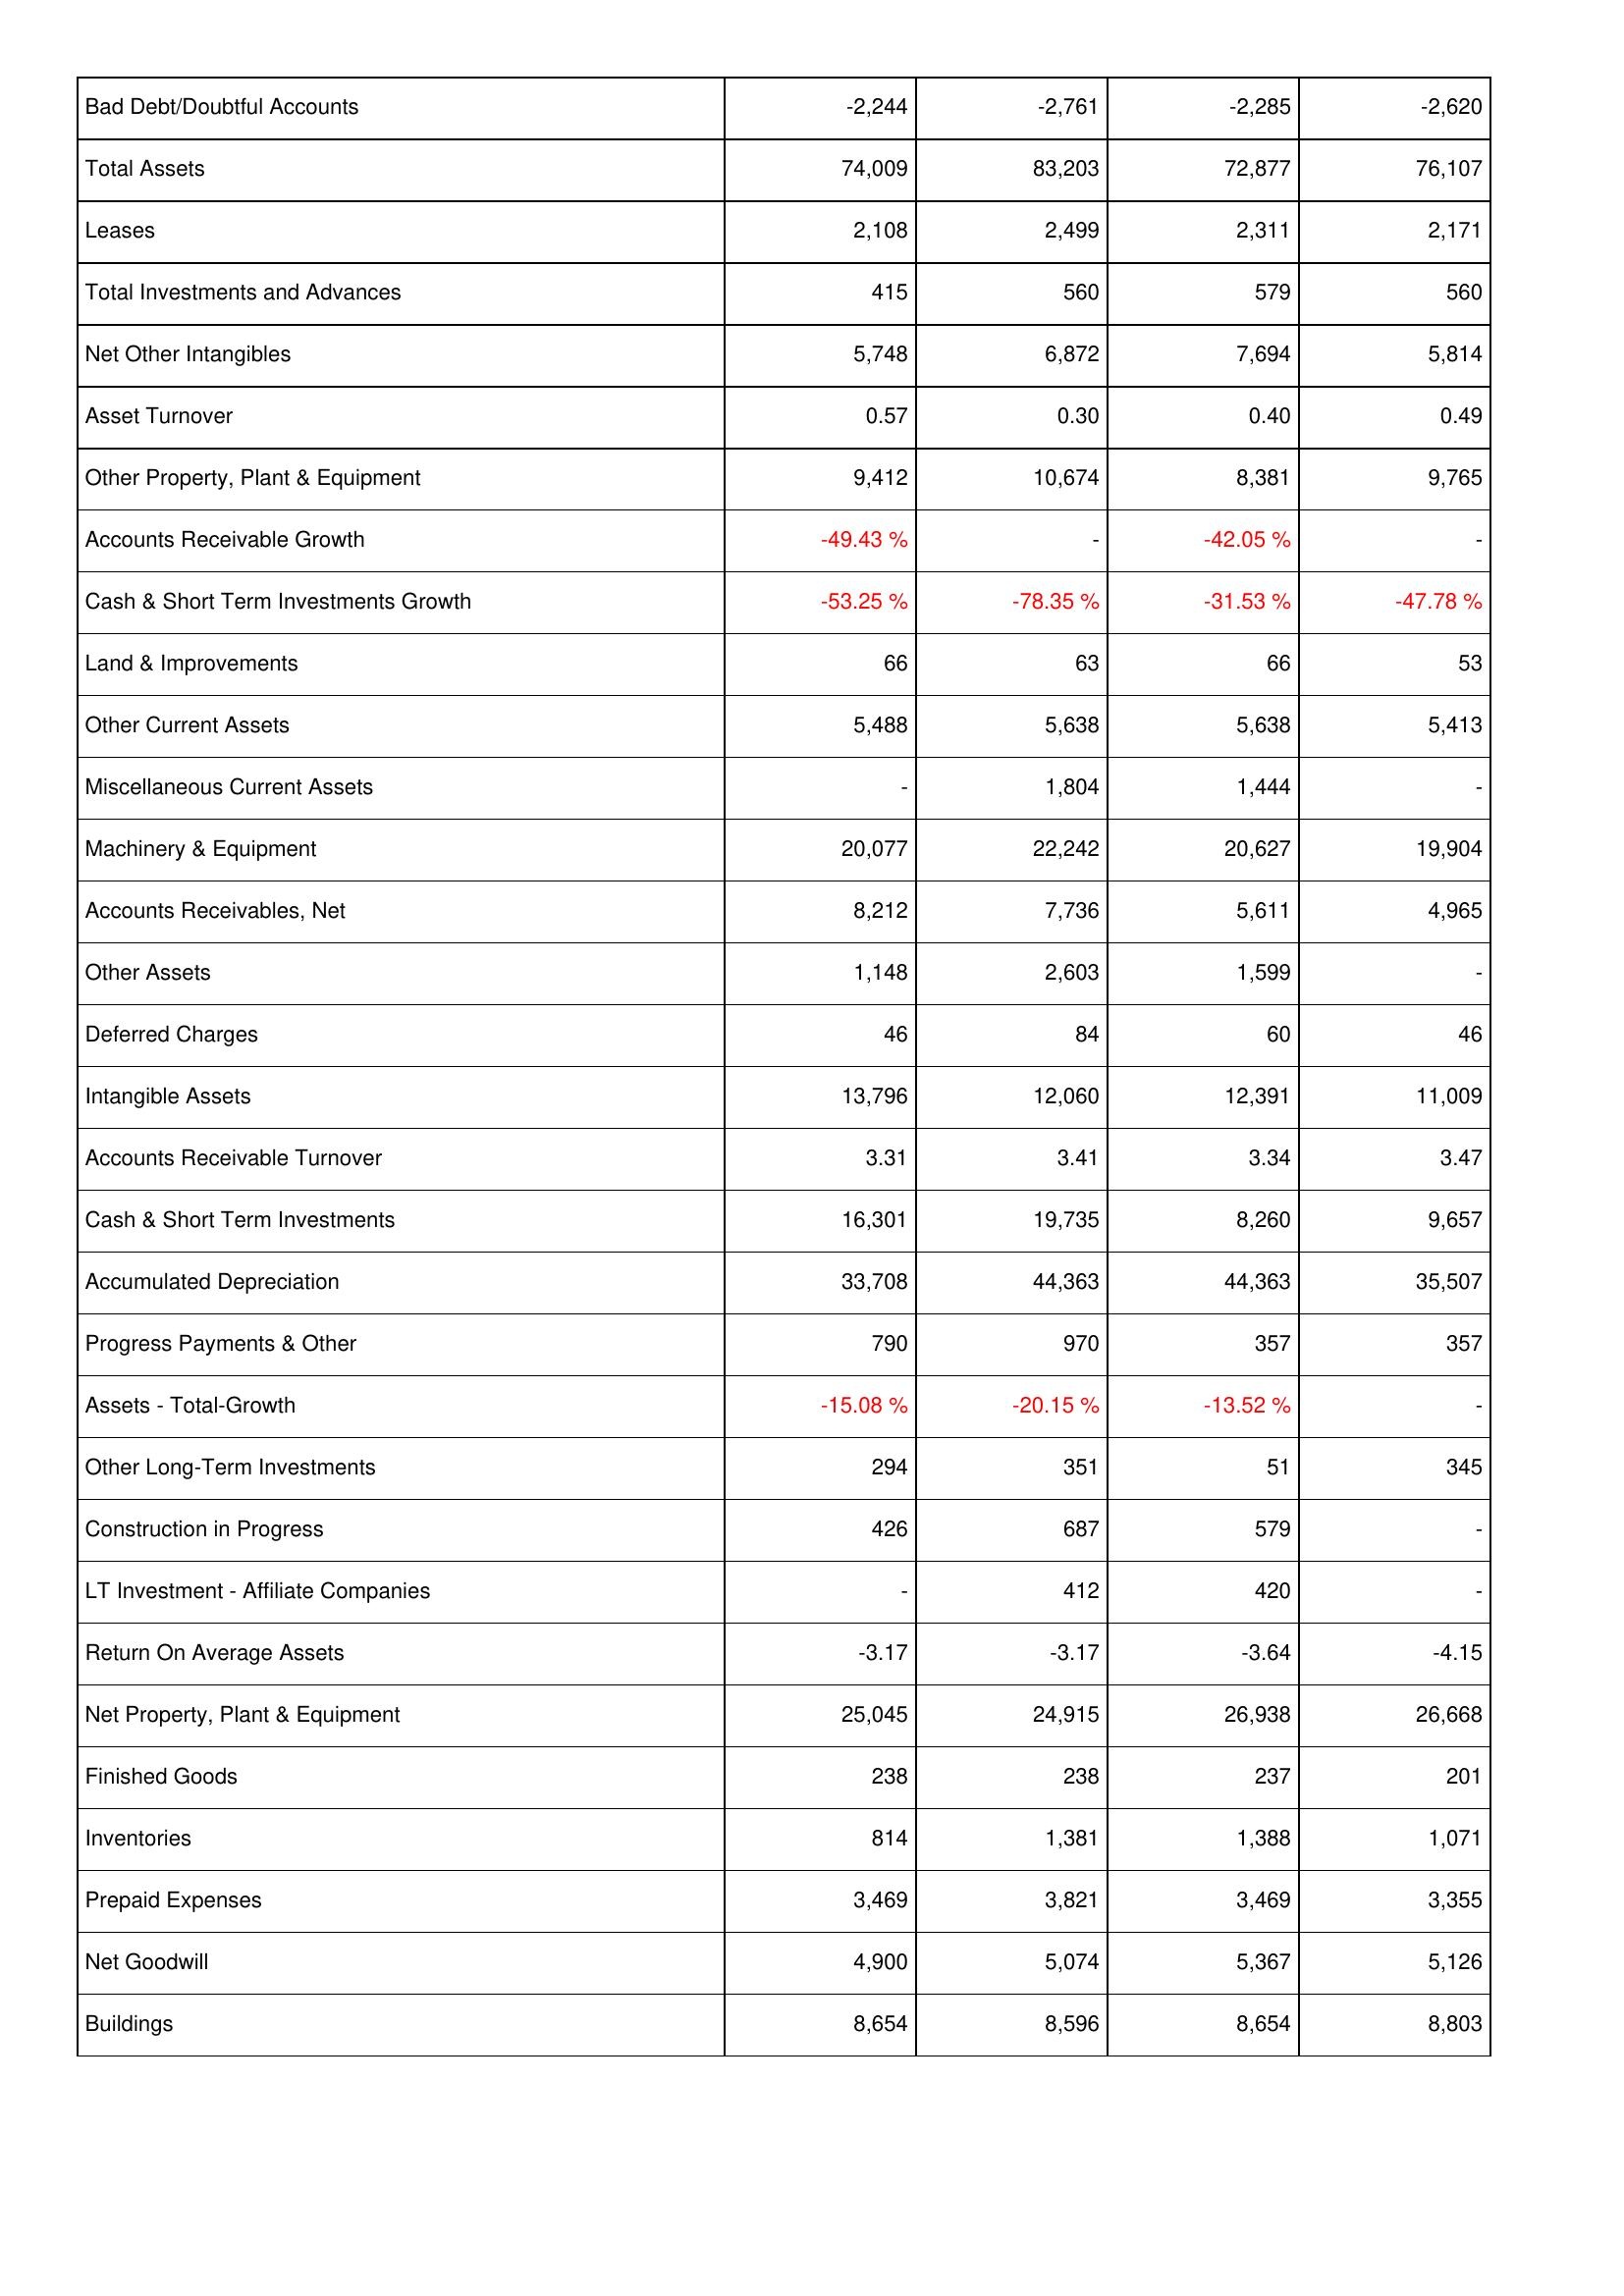
2009: Assets: Bad Debt/Doubtful Accounts: -2,244
Total Assets: 74,009
Leases: 2,108
Total Investments and Advances: 415
Net Other Intangibles: 5,748
Asset Turnover: 0.57
Other Property, Plant & Equipment: 9,412
Accounts Receivable Growth: -49.43 %
Cash & Short Term Investments Growth: -53.25 %
Land & Improvements: 66
Other Current Assets: 5,488
Miscellaneous Current Assets: -
Machinery & Equipment: 20,077
Accounts Receivables, Net: 8,212
Other Assets: 1,148
Deferred Charges: 46
Intangible Assets: 13,796
Accounts Receivable Turnover: 3.31
Cash & Short Term Investments: 16,301
Accumulated Depreciation: 33,708
Progress Payments & Other: 790
Assets - Total-Growth: -15.08 %
Other Long-Term Investments: 294
Construction in Progress: 426
LT Investment - Affiliate Companies: -
Return On Average Assets: -3.17
Net Property, Plant & Equipment: 25,045
Finished Goods: 238
Inventories: 814
Prepaid Expenses: 3,469
Net Goodwill: 4,900
Buildings: 8,654
2008: Assets: Bad Debt/Doubtful Accounts: -2,761
Total Assets: 83,203
Leases: 2,499
Total Investments and Advances: 560
Net Other Intangibles: 6,872
Asset Turnover: 0.30
Other Property, Plant & Equipment: 10,674
Accounts Receivable Growth: -
Cash & Short Term Investments Growth: -78.35 %
Land & Improvements: 63
Other Current Assets: 5,638
Miscellaneous Current Assets: 1,804
Machinery & Equipment: 22,242
Accounts Receivables, Net: 7,736
Other Assets: 2,603
Deferred Charges: 84
Intangible Assets: 12,060
Accounts Receivable Turnover: 3.41
Cash & Short Term Investments: 19,735
Accumulated Depreciation: 44,363
Progress Payments & Other: 970
Assets - Total-Growth: -20.15 %
Other Long-Term Investments: 351
Construction in Progress: 687
LT Investment - Affiliate Companies: 412
Return On Average Assets: -3.17
Net Property, Plant & Equipment: 24,915
Finished Goods: 238
Inventories: 1,381
Prepaid Expenses: 3,821
Net Goodwill: 5,074
Buildings: 8,596
2007: Assets: Bad Debt/Doubtful Accounts: -2,285
Total Assets: 72,877
Leases: 2,311
Total Investments and Advances: 579
Net Other Intangibles: 7,694
Asset Turnover: 0.40
Other Property, Plant & Equipment: 8,381
Accounts Receivable Growth: -42.05 %
Cash & Short Term Investments Growth: -31.53 %
Land & Improvements: 66
Other Current Assets: 5,638
Miscellaneous Current Assets: 1,444
Machinery & Equipment: 20,627
Accounts Receivables, Net: 5,611
Other Assets: 1,599
Deferred Charges: 60
Intangible Assets: 12,391
Accounts Receivable Turnover: 3.34
Cash & Short Term Investments: 8,260
Accumulated Depreciation: 44,363
Progress Payments & Other: 357
Assets - Total-Growth: -13.52 %
Other Long-Term Investments: 51
Construction in Progress: 579
LT Investment - Affiliate Companies: 420
Return On Average Assets: -3.64
Net Property, Plant & Equipment: 26,938
Finished Goods: 237
Inventories: 1,388
Prepaid Expenses: 3,469
Net Goodwill: 5,367
Buildings: 8,654
2006: Assets: Bad Debt/Doubtful Accounts: -2,620
Total Assets: 76,107
Leases: 2,171
Total Investments and Advances: 560
Net Other Intangibles: 5,814
Asset Turnover: 0.49
Other Property, Plant & Equipment: 9,765
Accounts Receivable Growth: -
Cash & Short Term Investments Growth: -47.78 %
Land & Improvements: 53
Other Current Assets: 5,413
Miscellaneous Current Assets: -
Machinery & Equipment: 19,904
Accounts Receivables, Net: 4,965
Other Assets: -
Deferred Charges: 46
Intangible Assets: 11,009
Accounts Receivable Turnover: 3.47
Cash & Short Term Investments: 9,657
Accumulated Depreciation: 35,507
Progress Payments & Other: 357
Assets - Total-Growth: -
Other Long-Term Investments: 345
Construction in Progress: -
LT Investment - Affiliate Companies: -
Return On Average Assets: -4.15
Net Property, Plant & Equipment: 26,668
Finished Goods: 201
Inventories: 1,071
Prepaid Expenses: 3,355
Net Goodwill: 5,126
Buildings: 8,803